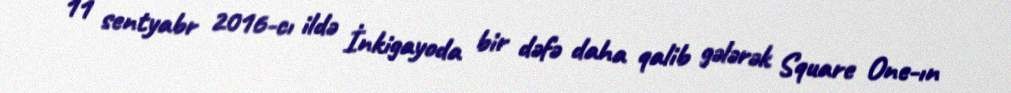
11 sentyabr 2016-cı ildə İnkigayoda bir dəfə daha qalib gələrək Square One-ın